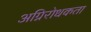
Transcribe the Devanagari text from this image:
अग्निरोधकता